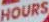
HOURS